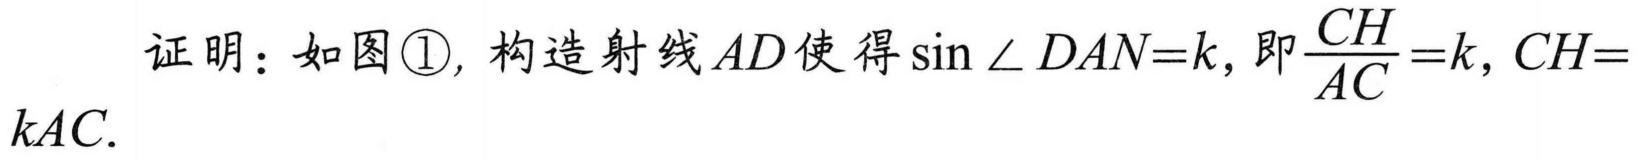
证明：如图\textcircled{1}, 构造射线\(AD\)使得\(\sin\angle DAN = k\), 即\(\frac{CH}{AC}=k\), \(CH = kAC\).